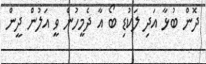
ދޮން ބުޅާ އަދި ލަކުޑި ބޯ އާ ދެމީހުން ވީ އަލުން ދީން